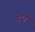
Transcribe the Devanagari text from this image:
दप